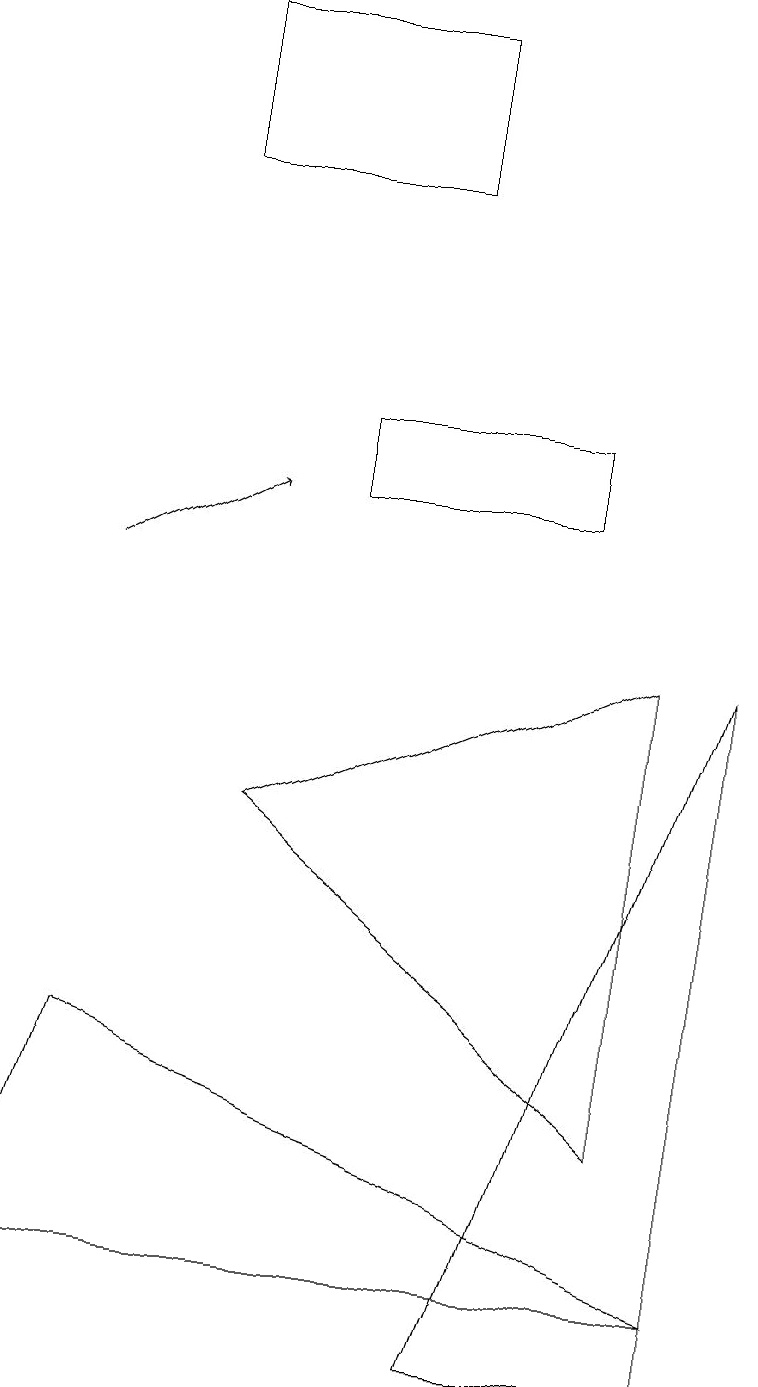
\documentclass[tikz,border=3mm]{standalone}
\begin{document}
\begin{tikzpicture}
\draw[->] (1,10) -- (3,11);
\draw (0,1) -- (9,1) -- (1,4) -- cycle;
\draw (8,9) -- (3,7) -- (8,3) -- cycle;
\draw (9,9) -- (9,0) -- (6,0) -- cycle;
\draw (7,12) rectangle (4,11);
\draw (5,15) rectangle (2,17);
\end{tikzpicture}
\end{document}